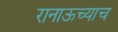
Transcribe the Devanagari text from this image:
रानाऊच्याच